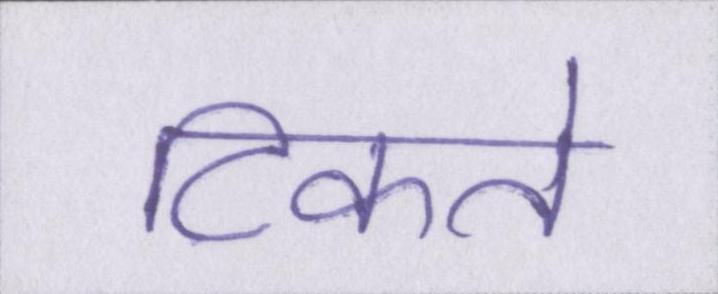
टिकते